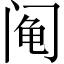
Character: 阄